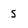
Character: 5